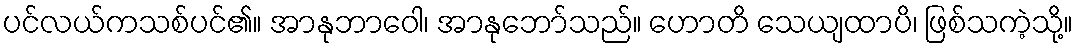
ပင်လယ်ကသစ်ပင်၏။ အာနုဘာဝေါ၊ အာနုဘော်သည်။ ဟောတိ သေယျထာပိ၊ ဖြစ်သကဲ့သို့။